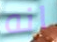
انه